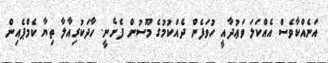
އަނެއްކާވެސް އެއްކަލަ ވަޢުދާއީ ހުވަފެން ދެއްކުމުގެ މޫސުން ފެށެނީ. ހާދަކުރިއާލާ ތިޔާ ކެމްޕެއިން